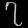
Digit: ၇